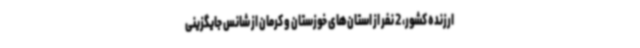
ارزنده کشور، 2 نفر از استان‌های خوزستان و کرمان از شانس جایگزینی